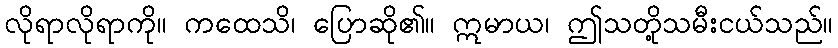
လိုရာလိုရာကို။ ကထေသိ၊ ပြောဆို၏။ ဣမာယ၊ ဤသတို့သမီးငယ်သည်။